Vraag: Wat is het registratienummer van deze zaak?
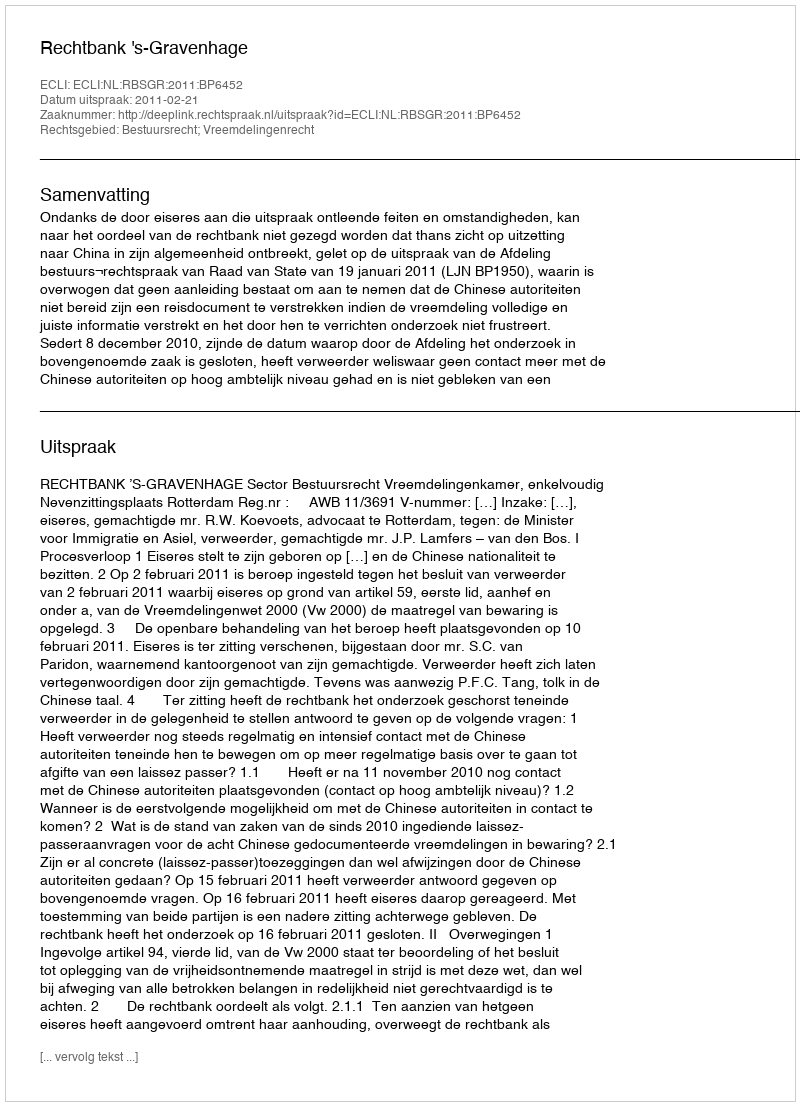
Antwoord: http://deeplink.rechtspraak.nl/uitspraak?id=ECLI:NL:RBSGR:2011:BP6452